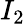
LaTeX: I_{2}